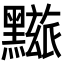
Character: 𪒓